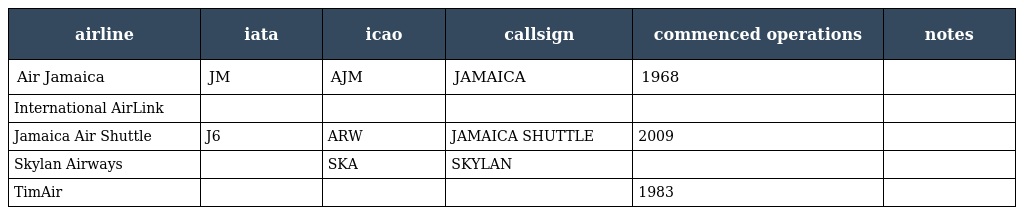
| airline | iata | icao | callsign | commenced operations | notes |
 | --- | --- | --- | --- | --- | --- |
 | Air Jamaica | JM | AJM | JAMAICA | 1968 |  |
 | International AirLink |  |  |  |  |  |
 | Jamaica Air Shuttle | J6 | ARW | JAMAICA SHUTTLE | 2009 |  |
 | Skylan Airways |  | SKA | SKYLAN |  |  |
 | TimAir |  |  |  | 1983 |  |